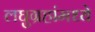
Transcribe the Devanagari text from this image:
लघुग्रहांमध्ये